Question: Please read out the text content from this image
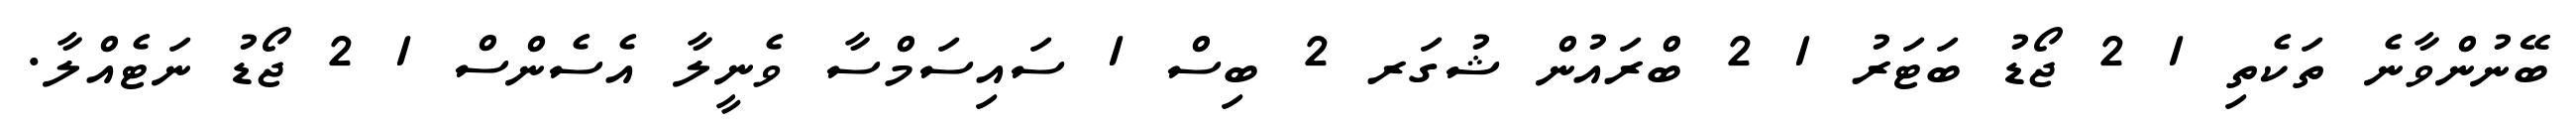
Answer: ބޭނުންވާނެ ތަކެތި 1 2 ޖޯޑު ބަޓަރު 1 2 ބްރައުން ޝުގަރ 2 ބިސް 1 ސައިސަމްސާ ވެނީލާ އެސެންސް 1 2 ޖޯޑު ނަޓެއްލާ.